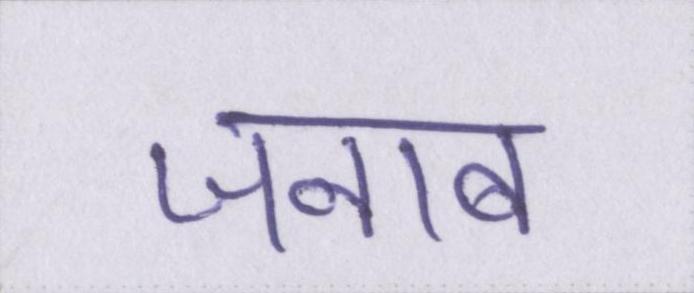
जनाब